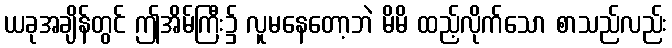
ယခုအချိန်တွင် ဤအိမ်ကြီး၌ လူမနေတော့ဘဲ မိမိ ထည့်လိုက်သော စာသည်လည်း